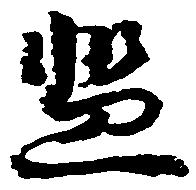
濫